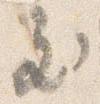
至